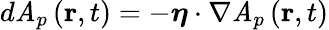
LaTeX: d\mathit{A}_{p}\left(\mathbf{{r}},t\right)=-\boldsymbol{\eta}\cdot\nabla\mathit{A}_{p}\left(\mathbf{{r}},t\right)